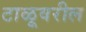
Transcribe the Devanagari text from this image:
टाळूवरील